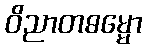
ဝိညာတဓမ္မော